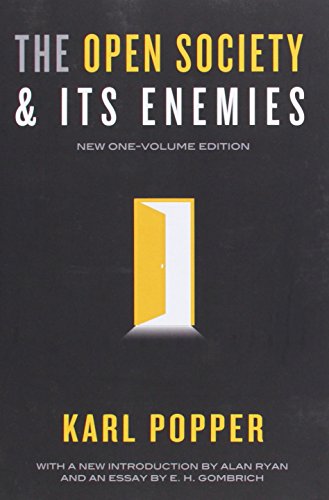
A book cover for The Open Society and Its Enemies; Karl R. Popper; Politics & Social Sciences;